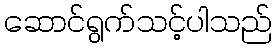
ဆောင်ရွက်သင့်ပါသည်